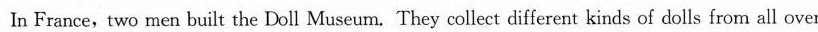
In France,two men built the Doll Museum. They collect different kinds of dolls from all over